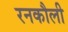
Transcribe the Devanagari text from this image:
रनकौली